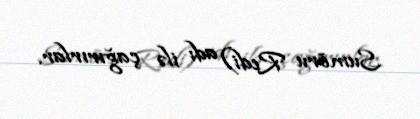
Sumōru Redi) adı ilə çağırırlar.